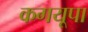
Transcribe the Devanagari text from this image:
कगयूपा